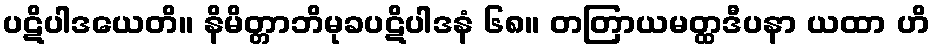
ပဋိပါဒယေတိ။ နိမိတ္တာဘိမုခပဋိပါဒနံ ၆၈။ တတြာယမတ္ထဒီပနာ ယထာ ဟိ